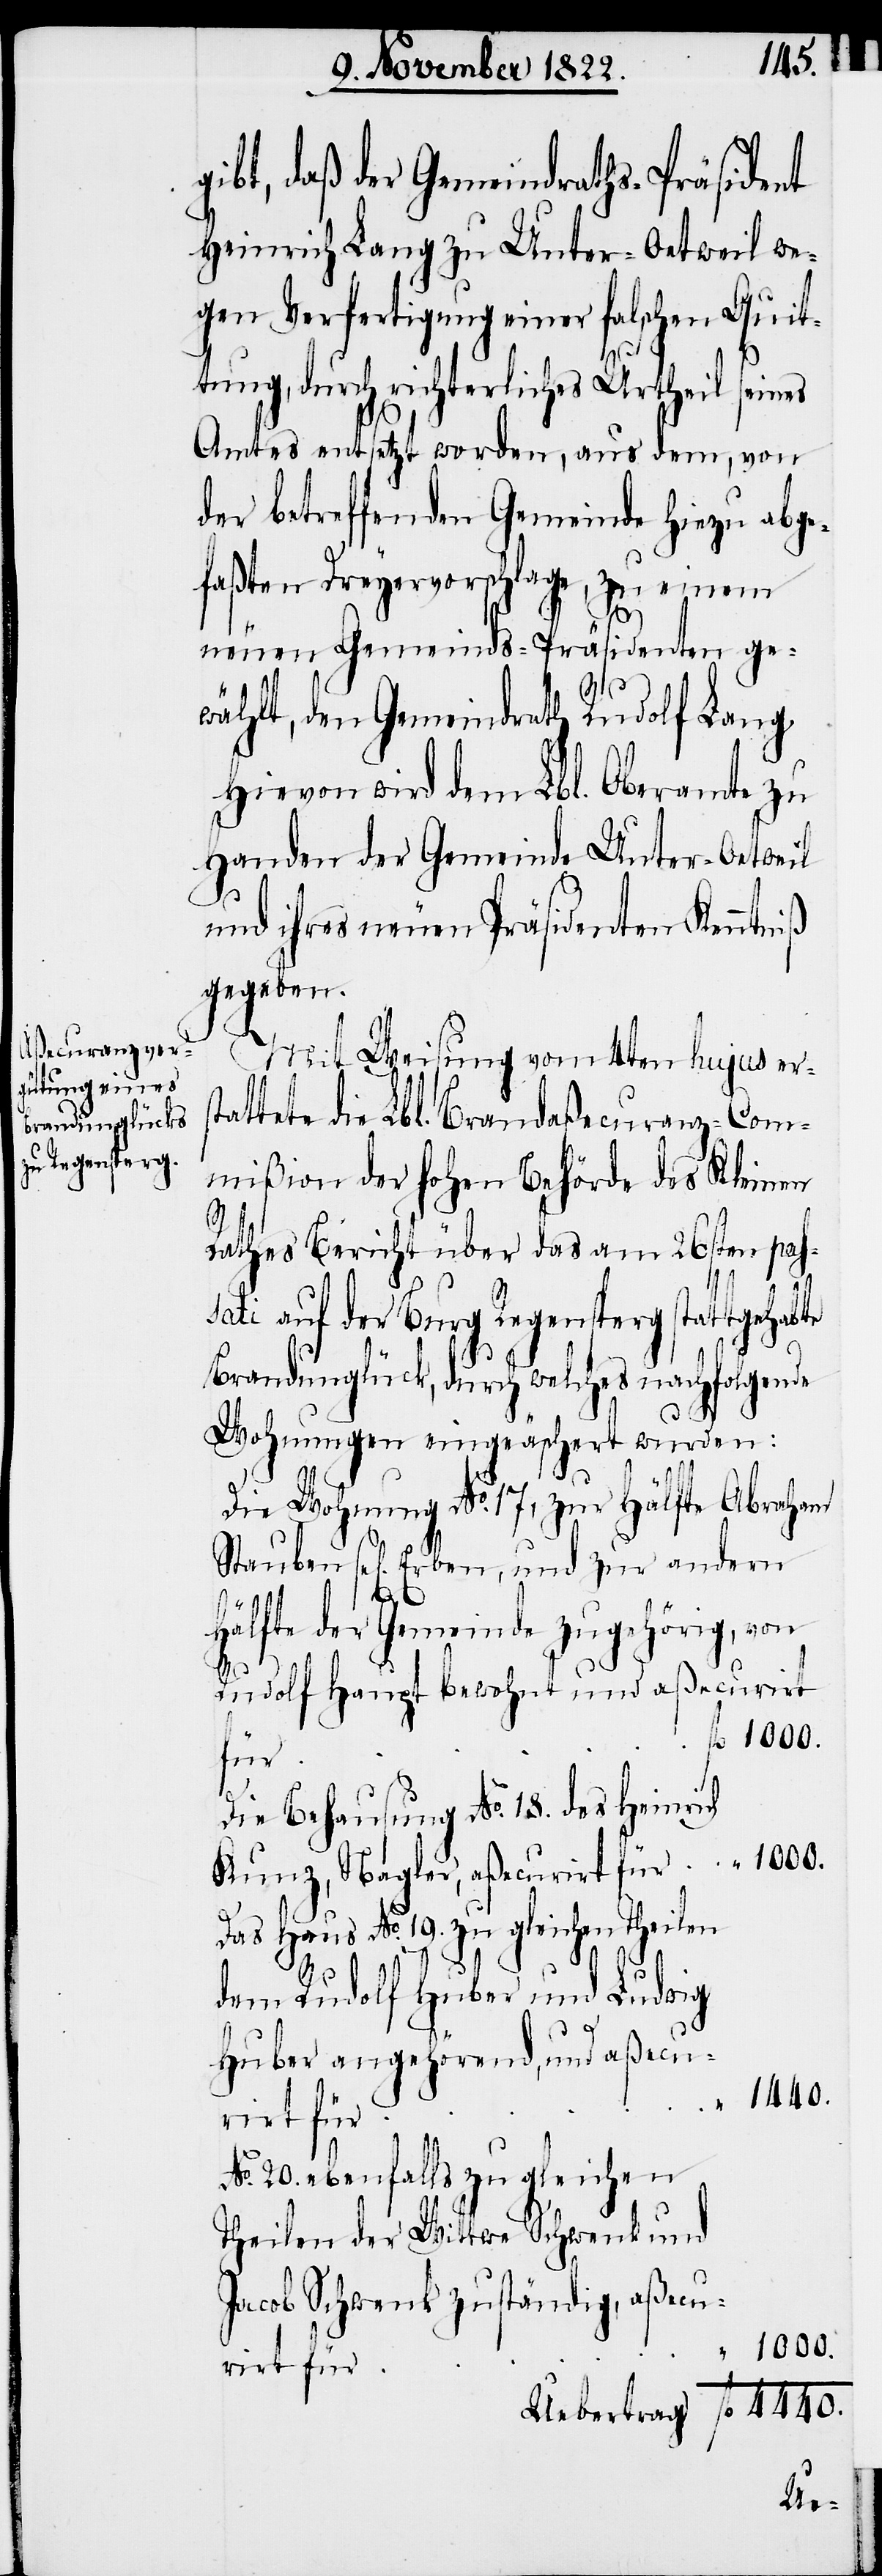
4440.
gibt, daß der Gemeindraths-Präsident
Heinrich Lang zu Unter-Oetweil [si¬
gen Verfertigung einer falschen Quit¬
tung, durch richterliches Urtheil seines
Amtes entsetzt worden, aus dem, von
der betreffenden Gemeinde hiezu abge¬
faßten Dreyervorschlage, zu einem
neuen Gemeinds-Präsidenten ge¬
fl.
wählt, den Gemeindrath Rudolf Lang.
Hievon wird dem Lbl. Oberamte zu
Handen der Gemeinde Unter-Oetweil
und ihres neuen Präsidenten Kenntniß
gegeben.
Mit Weisung vom 4ten hujus ers¬
tattete die Lbl. Brandaßecuranz-Com¬
mißion der hohen Behörde des Kleinen
Rathes Bericht über das am 26sten pas¬
sati auf der Burg Regensperg stattgehab¬
Brandunglück, durch welches nachfolgende
Wohnungen eingeäschert wurden:
Die Wohnung No. 17, zur Hälfte Abraham
Hälfte der Gemeinde zugehörig, von
Rudolf Haupt bewohnt und aßecurirt
für
Die Behausung No. 18. des Heinrich
Kunz, Nagler, aßecurirt für
Das Haus No. 19. zu gleichen Theilen
dem Rudolf Huber und Ludwig
Huber angehörend, und aßecu¬
1440.
rirt für
No. 20 ebenfalls zu gleichen
Theilen der Wittwe Schwenk und
Jacob Schwenk zuständig, aßecu¬
1000.
we¬